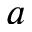
a